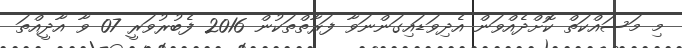
މި މަސައްކަތް ކޮށްދެއްވަން އެދިވަޑައިގަންނަވާ ފަރާތްތަކުން 2016 ފެބުރުވަރީ 07 ވާ އާދީއްތަ